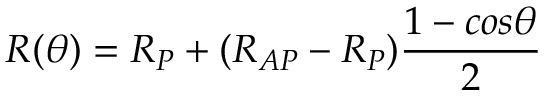
R ( \theta ) = R _ { P } + ( R _ { A P } - R _ { P } ) \frac { 1 - c o s \theta } { 2 }